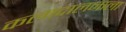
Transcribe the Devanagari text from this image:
कलादालनाला